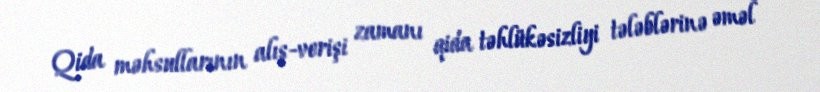
Qida məhsullarının alış-verişi zamanı qida təhlükəsizliyi tələblərinə əməl